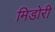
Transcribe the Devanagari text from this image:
मिडोरी